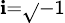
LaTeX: \scriptstyle{\mathbf{i}={\sqrt{}{{-1}}}}